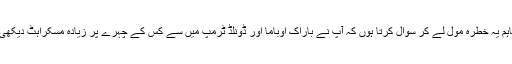
تاہم یہ خطرہ مول لے کر سوال کرتا ہوں کہ آپ نے باراک اوباما اور ڈونلڈ ٹرمپ میں سے کس کے چہرے پر زیادہ مسکراہٹ دیکھی۔